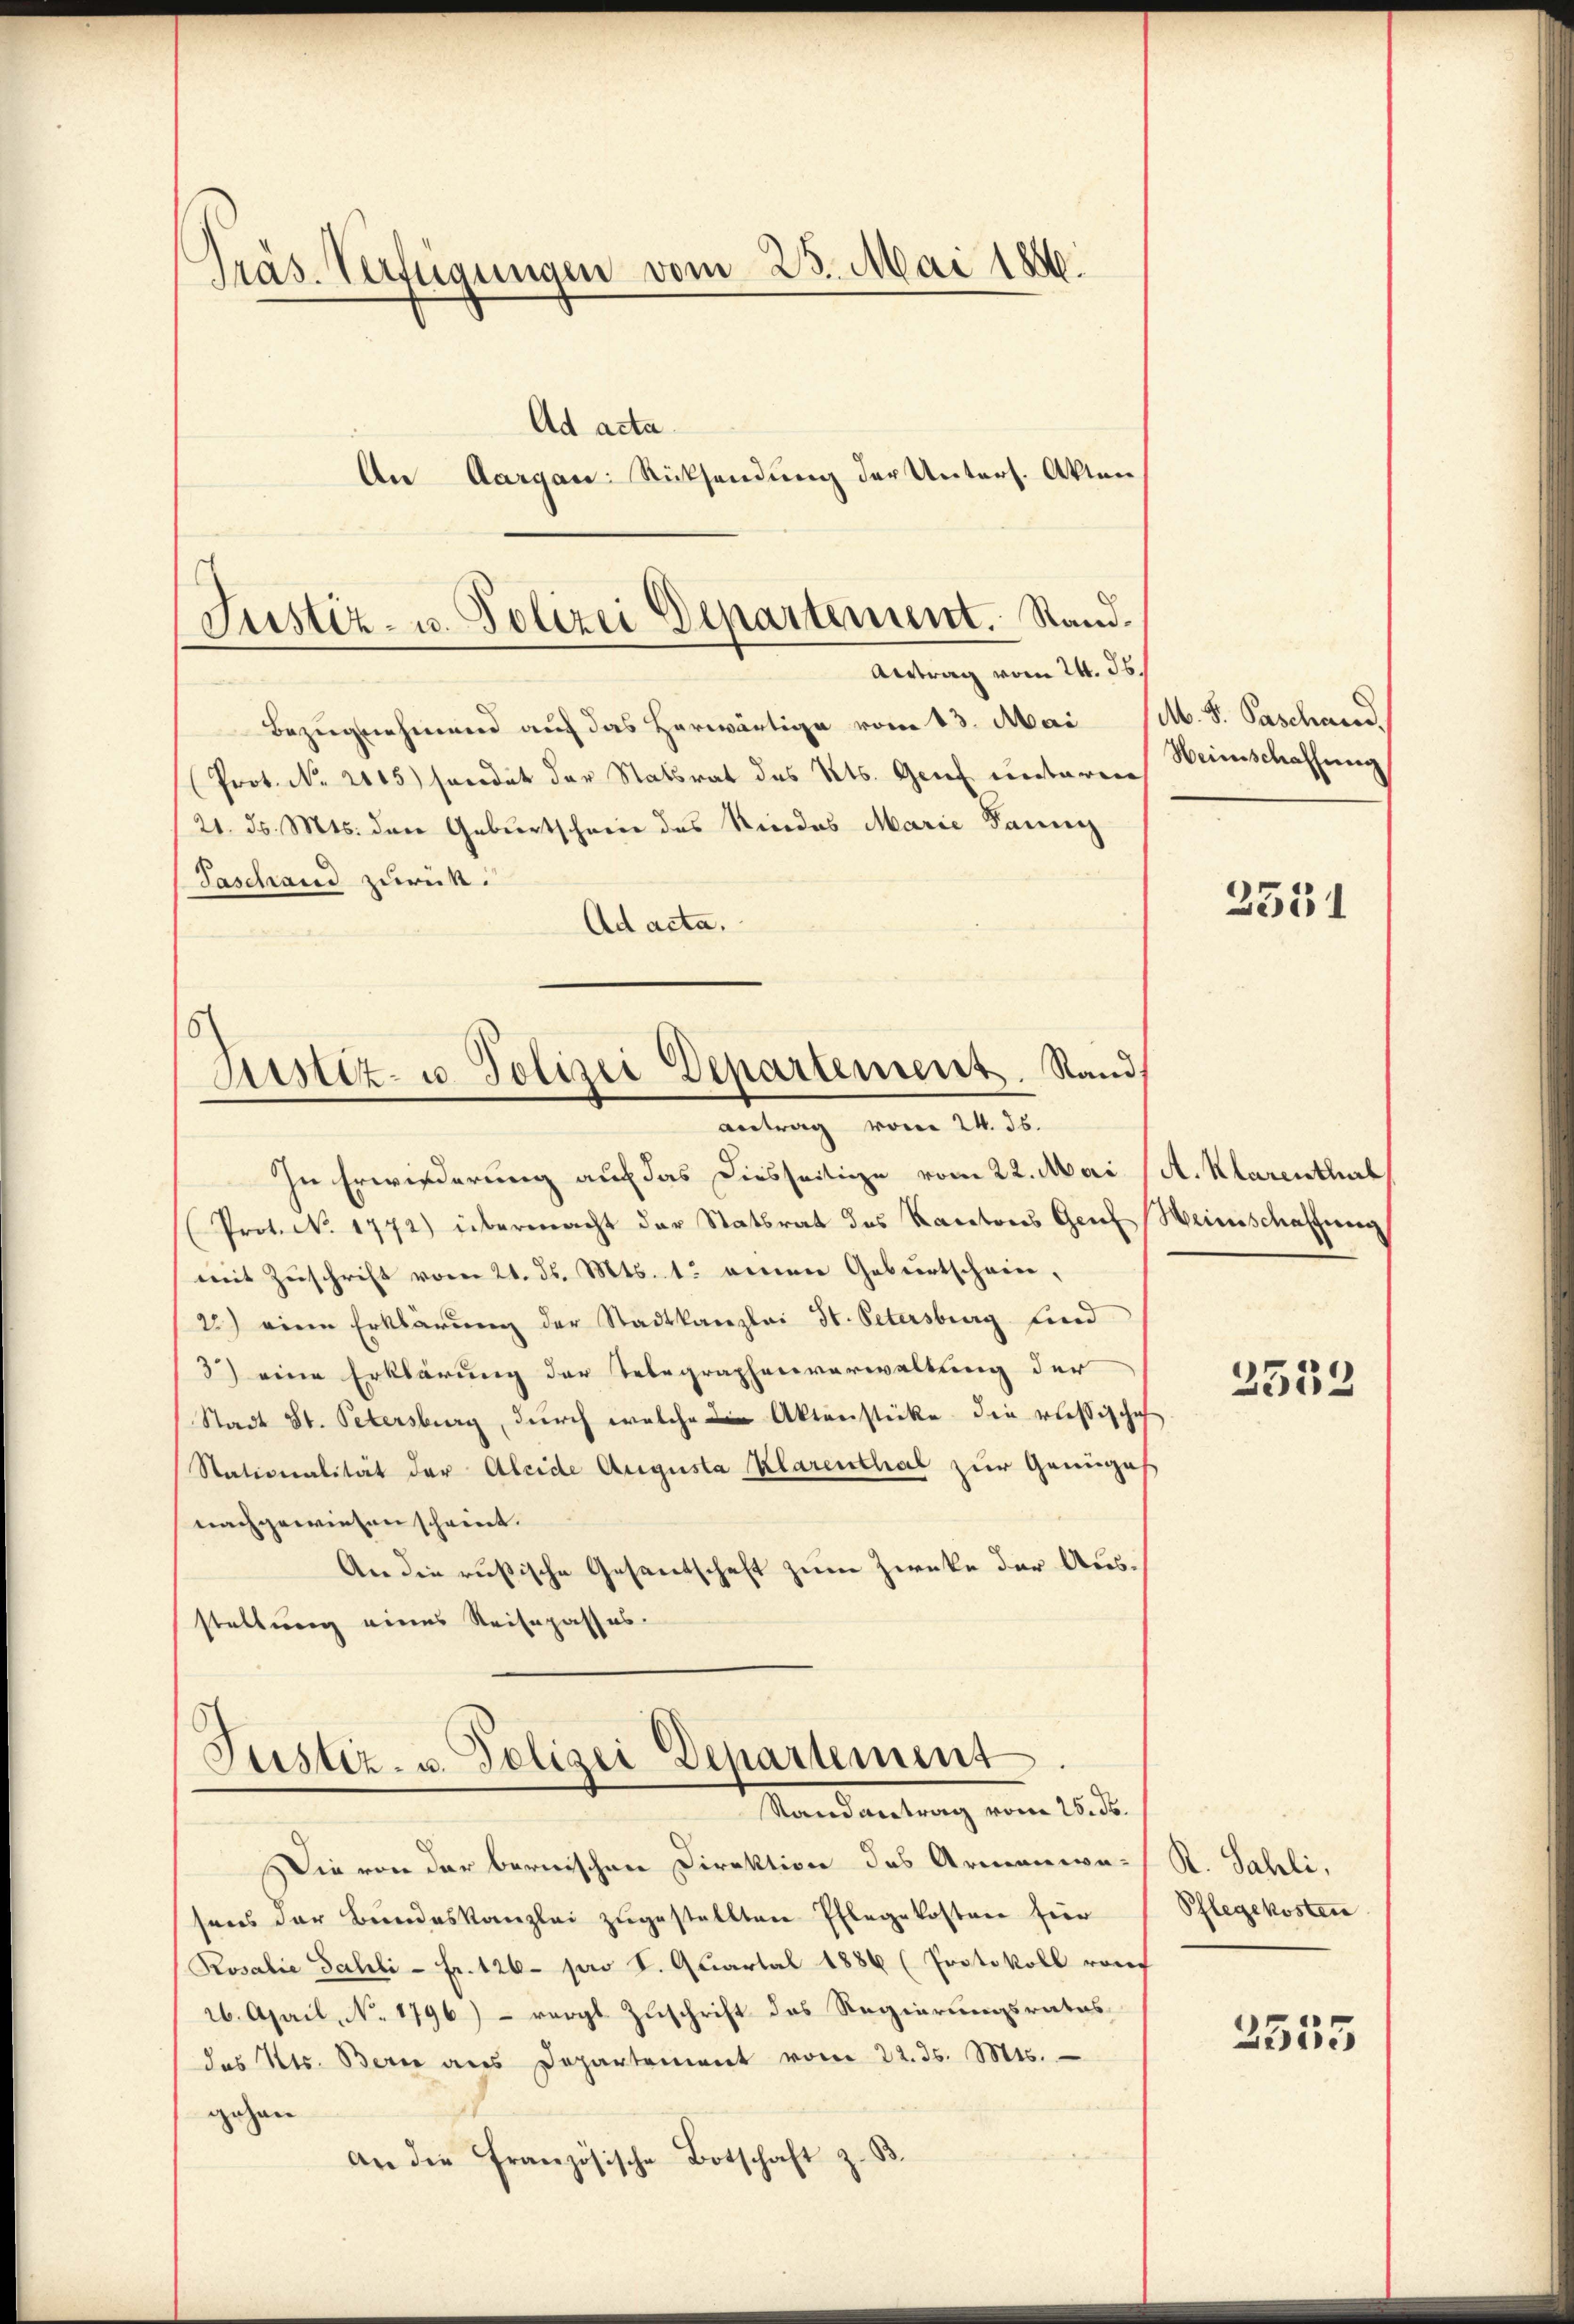
Präs. Verfügungen vom 23. Mai 1886.
Ad acta
An Aargau: Rücksendung der Unters. Akten

Justiz- u. Polizei Departement. Sand¬
Antrag vom 24. ds.

Bezugnehmend auf das herwärtige vom 13. Mai
Prot. No. 2115) Freidet der Statsrat des Kts. Genf unterren
21. d. Mts. den Geburtscheine des Niedes Marie Panny
Taschand zurück.
Ad acta.

In Erwiederung auch das diesseitige vom 22. Mai (A. Klarenthal
Prot. N. 1772) übermacht der Statsrat des Kantons Genf Heinschaffung
mit Zuschrift vom 21. ds. Mts. 1. einen Geburtschein,
2) eine Erklärung der Stadtkanzlei St. Petersburg find
3) eine Erklärung der Telegraphenverwaltung der
Stadt St. Petersburg, durch welche die Aktenstücke die russischich
Stationalität der Aleide Augusta Klarenthal zur Genüges
nachgewiesen schreiet.
An die rusische Gesandtschaft zum Zwecke der Ausstaltung eines Reisepasses.

Astiz- u. Polizei Departement. Stand,
antrag vom 24. ds.

Justiz- u. Polizei Departement
Mandantung vom 1. d.

Die von der bernischen Direktion des Armanisa-R. Sahli,
sens der Bundeskanzlei zugestellten Pflegekosten für
Rosalie Sahli - Fr. 126. pro S. Quartal 1886 (Protokoll rauf
26. April, No. 1796) - vorgt Zuschrift des Regierungsrates,
das Kts. Bern aus Departement vom 22. ds. Mts.
gegan
an die Französische Botschaft z. B.

M. S. Paschand
Heimschaffung

2551

2532

Pflegekosten

2555